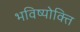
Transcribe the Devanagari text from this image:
भविष्योक्ति